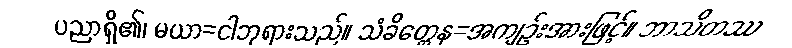
ပညာရှိ၏၊ မယာ=ငါဘုရားသည်။ သံခိတ္တေန=အကျဉ်းအားဖြင့်။ ဘာသိတဿ